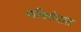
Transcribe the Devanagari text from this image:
परिच्छेदांत